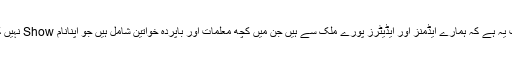
دراصل بات یہ ہے کہ ہمارے ایڈمنز اور ایڈیٹرز پورے ملک سے ہیں جن میں کچھ معلمات اور باپردہ خواتین شامل ہیں جو اپنانام Show نہیں کرنا چاہتیں۔